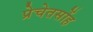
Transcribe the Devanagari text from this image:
प्रेचेतसोंह